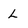
Character: L